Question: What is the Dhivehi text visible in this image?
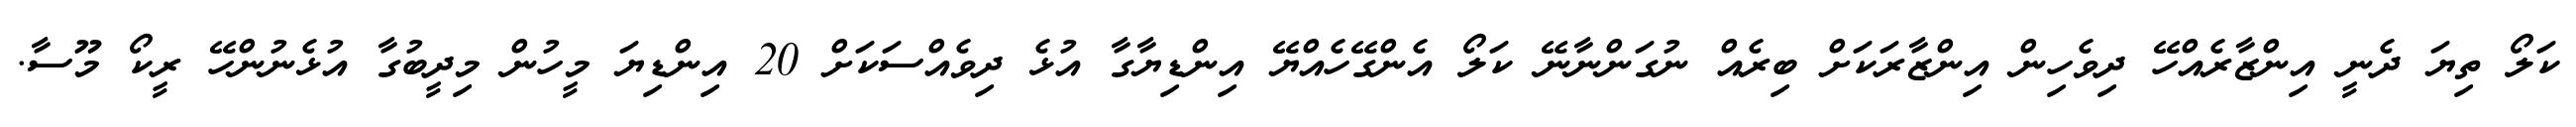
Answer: ކަލޯ ތިޔަ ދެނީ އިންޒާރެއްހޭ ދިވެހިން އިންޒާރަކަށް ބިރެއް ނުގަންނާނޭ ކަލޯ އެންގޭހެއްޔޭ އިންޑިޔާގާ އުޅެ ދިވެއްސަކަށް 20 އިންޑިޔަ މީހުން މިދީބުގާ އުޅެނުންހޭ ރީކޯ މޫސާ.